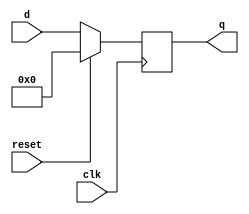
module parameterized_register #(
    parameter N = 8,                     // Bit-width of the register
    parameter RESET_ACTIVE = 1           // Reset behavior: 1 for active-high, 0 for active-low
)(
    input wire clk,                      // Clock signal
    input wire reset,                    // Reset signal
    input wire [N-1:0] d,                // Input data signal
    output reg [N-1:0] q                 // Output data signal
);

    // Synchronous logic for the register
    always @(posedge clk) begin
        if (RESET_ACTIVE) begin
            // Active-high reset
            if (reset) begin
                q <= {N{1'b0}};           // Initialize output to zero
            end else begin
                q <= d;                   // Assign input data to output
            end
        end else begin
            // Active-low reset
            if (!reset) begin
                q <= {N{1'b0}};           // Initialize output to zero
            end else begin
                q <= d;                   // Assign input data to output
            end
        end
    end

endmodule